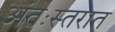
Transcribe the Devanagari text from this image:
अंतःस्तरात